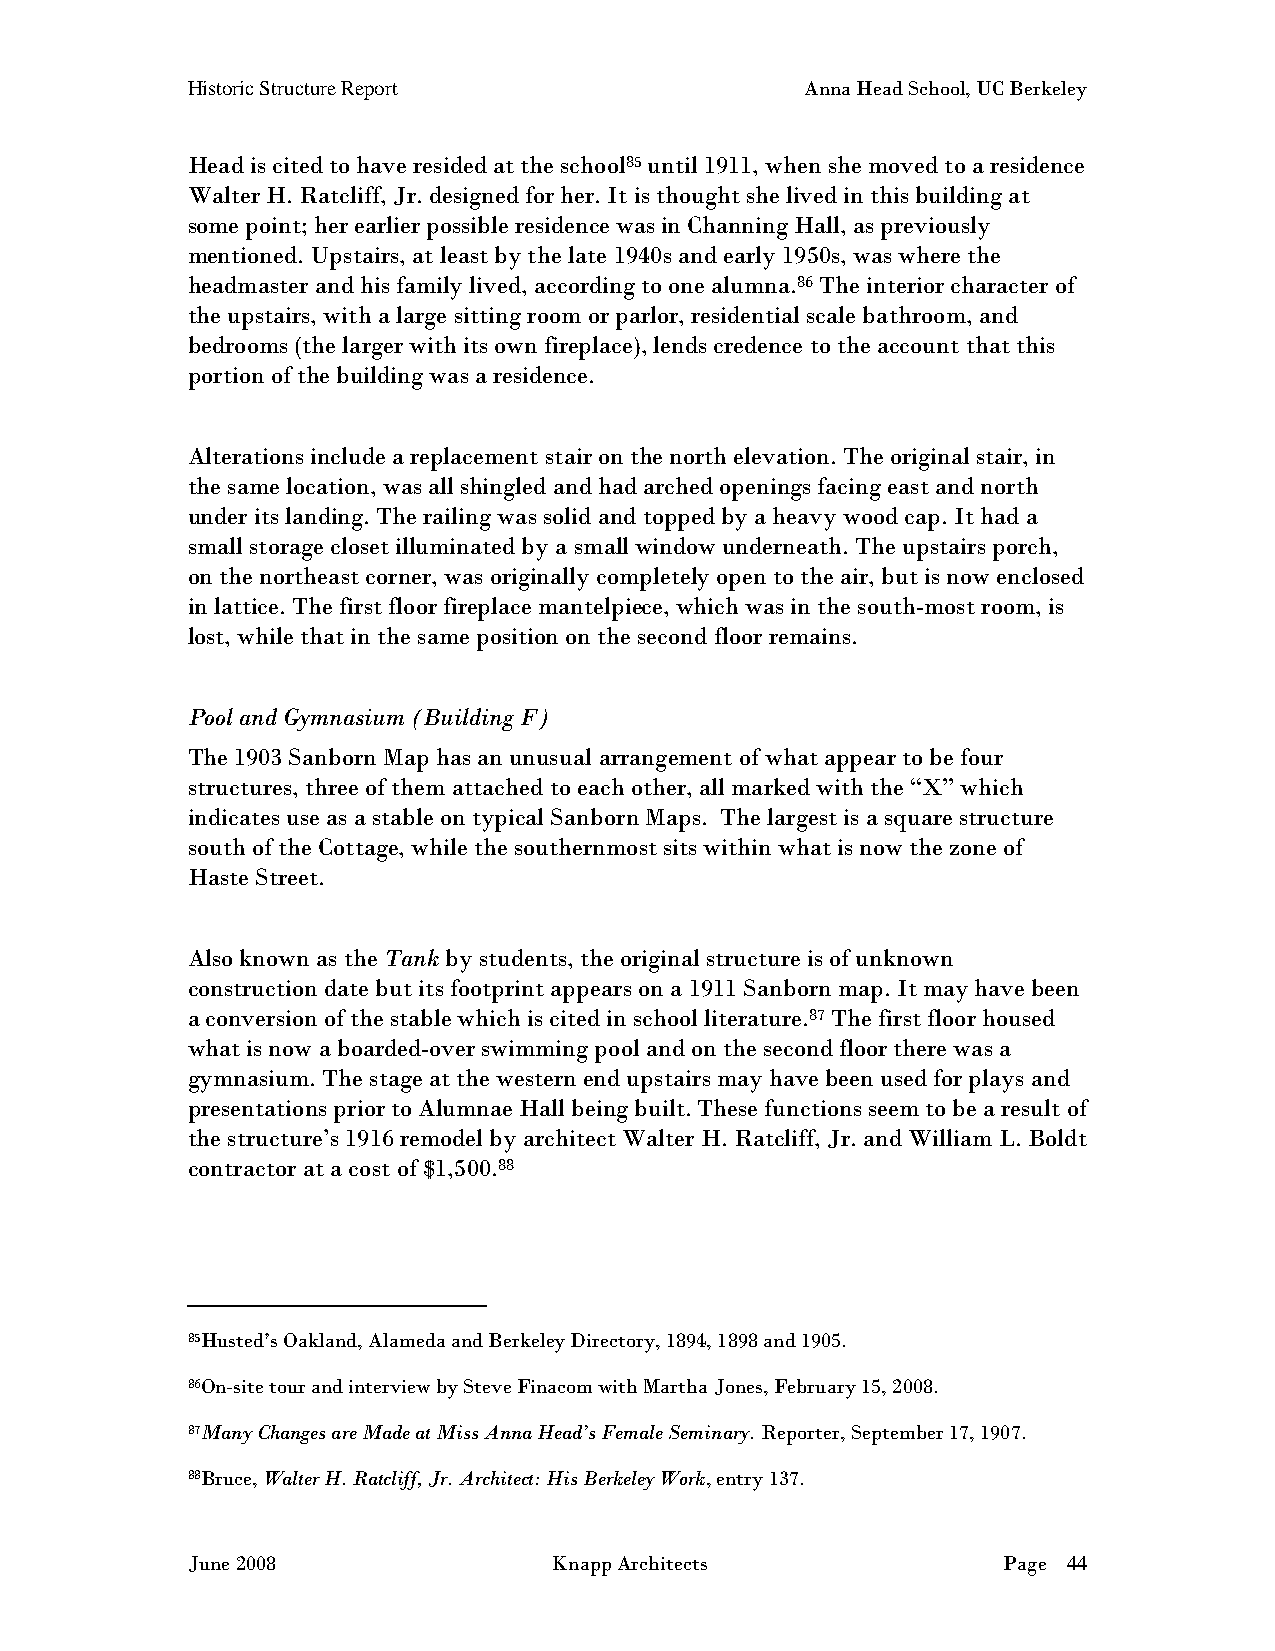
Historic Structure Report                Anna Head School, UC Berkeley
 Head is cited to have resided at the school85 until 1911, when she moved to a residence
 Walter H. Ratcliff, Jr. designed for her. It is thought she lived in this building at
 some point; her earlier possible residence was in Channing Hall, as previously
 mentioned. Upstairs, at least by the late 1940s and early 1950s, was where the
 headmaster and his family lived, according to one alumna.86 The interior character of
 the upstairs, with a large sitting room or parlor, residential scale bathroom, and
 bedrooms (the larger with its own fireplace), lends credence to the account that this
 portion of the building was a residence.
 Alterations include a replacement stair on the north elevation. The original stair, in
 the same location, was all shingled and had arched openings facing east and north
 under its landing. The railing was solid and topped by a heavy wood cap. It had a
 small storage closet illuminated by a small window underneath. The upstairs porch,
 on the northeast corner, was originally completely open to the air, but is now enclosed
 in lattice. The first floor fireplace mantelpiece, which was in the south-most room, is
 lost, while that in the same position on the second floor remains.
 Pool and Gymnasium (Building F)
 The 1903 Sanborn Map has an unusual arrangement of what appear to be four
 structures, three of them attached to each other, all marked with the “X” which
 indicates use as a stable on typical Sanborn Maps. The largest is a square structure
 south of the Cottage, while the southernmost sits within what is now the zone of
 Haste Street.
 Also known as the Tank by students, the original structure is of unknown
 construction date but its footprint appears on a 1911 Sanborn map. It may have been
 a conversion of the stable which is cited in school literature.87 The first floor housed
 what is now a boarded-over swimming pool and on the second floor there was a
 gymnasium. The stage at the western end upstairs may have been used for plays and
 presentations prior to Alumnae Hall being built. These functions seem to be a result of
 the structure’s 1916 remodel by architect Walter H. Ratcliff, Jr. and William L. Boldt
 contractor at a cost of $1,500.88
 85Husted’s Oakland, Alameda and Berkeley Directory, 1894, 1898 and 1905.
 86On-site tour and interview by Steve Finacom with Martha Jones, February 15, 2008.
 87Many Changes are Made at Miss Anna Head’s Female Seminary. Reporter, September 17, 1907.
 88Bruce, Walter H. Ratcliff, Jr. Architect: His Berkeley Work, entry 137.
 June 2008                Knapp Architects             Page 44